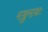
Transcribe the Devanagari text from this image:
मञ्जुनाथः